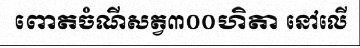
ពោតចំណីសត្វ៣០០ហិតា នៅលើ